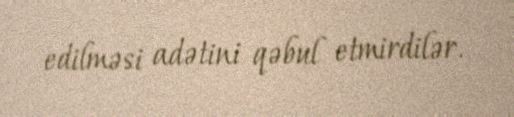
edilməsi adətini qəbul etmirdilər.